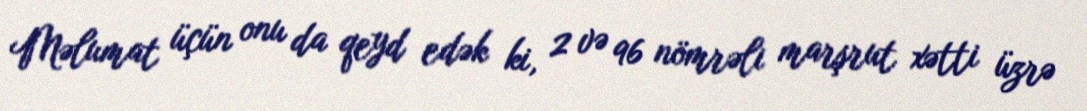
Məlumat üçün onu da qeyd edək ki, 2 və 96 nömrəli marşrut xətti üzrə